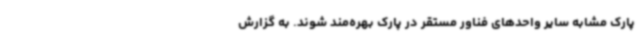
پارک مشابه سایر واحدهای فناور مستقر در پارک بهره‌مند شوند. به گزارش